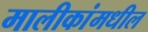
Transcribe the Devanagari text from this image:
मालीकांमधील